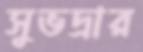
সুভদ্রার